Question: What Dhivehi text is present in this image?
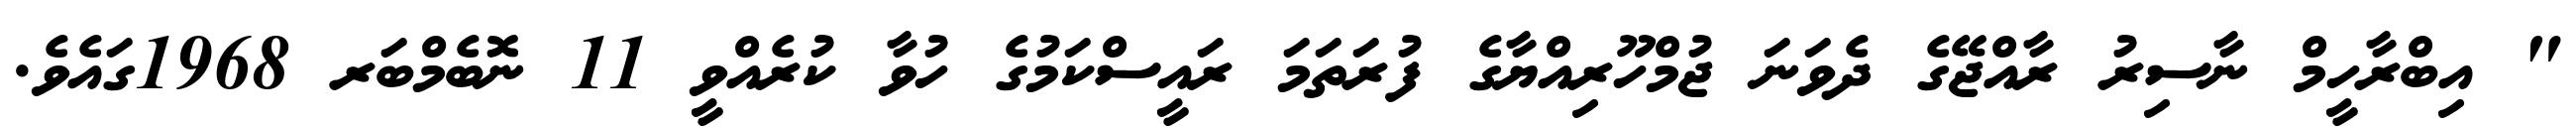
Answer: " އިބްރާހީމް ނާސިރު ރާއްޖޭގެ ދެވަނަ ޖުމްހޫރިއްޔާގެ ފުރަތަމަ ރައީސްކަމުގެ ހުވާ ކުރެއްވީ 11 ނޮބެމްބަރ 1968ގައެވެ.